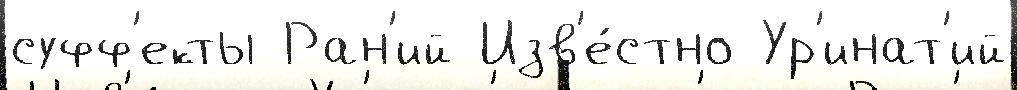
суфф'екты Ран'ий Изв'е́стно Ур'инат'ий